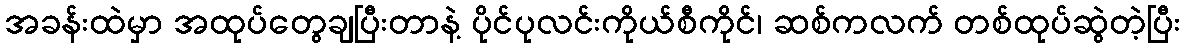
အခန်းထဲမှာ အထုပ်တွေချပြီးတာနဲ့ ပိုင်ပုလင်းကိုယ်စီကိုင်၊ ဆစ်ကလက် တစ်ထုပ်ဆွဲတဲ့ပြီး